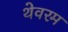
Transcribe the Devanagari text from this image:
थेवरम